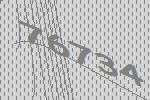
76734